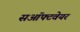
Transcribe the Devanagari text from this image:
सऑफ्टवेयर